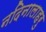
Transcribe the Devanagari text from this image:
नदिनालाहरु